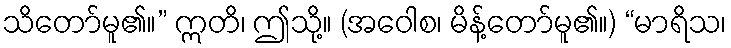
သိတော်မူ၏။” ဣတိ၊ ဤသို့။ (အဝေါစ၊ မိန့်တော်မူ၏။) “မာရိသ၊